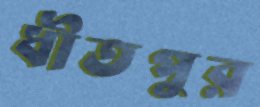
ধীতপুর